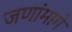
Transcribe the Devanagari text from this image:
जणांमागे